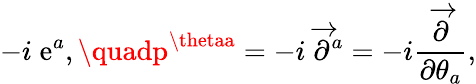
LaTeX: -i\; \mathrm{e}^{a},\quadp^{\thetaa}=-i\; \overrightarrow{{\partial}}^{a}=-i\frac{{\overrightarrow{{\partial}}}}{{\partial\theta_{a}}},